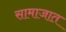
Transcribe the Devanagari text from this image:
सामाजात